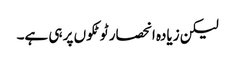
لیکن زیادہ انحصار ٹوٹکوں پر ہی ہے۔